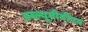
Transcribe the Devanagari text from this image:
डब्ल्यूबीबीएम